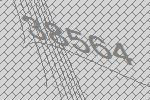
38564